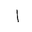
Letter: _alif